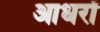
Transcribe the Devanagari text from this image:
आधरों